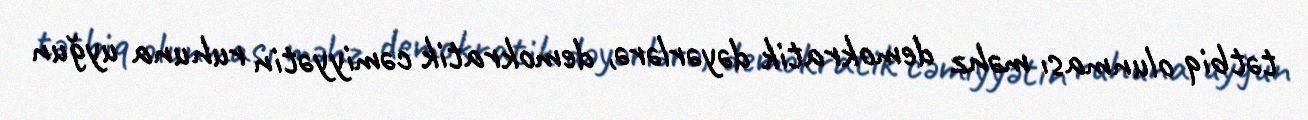
tətbiq olunması məhz demokratik dəyərlərə, demokratik cəmiyyətin ruhuna uyğun